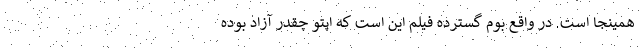
همینجا است. در واقع بومِ گسترده فیلم این است که اپتو چقدر آزاد بوده